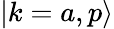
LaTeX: |k=a,p\rangle